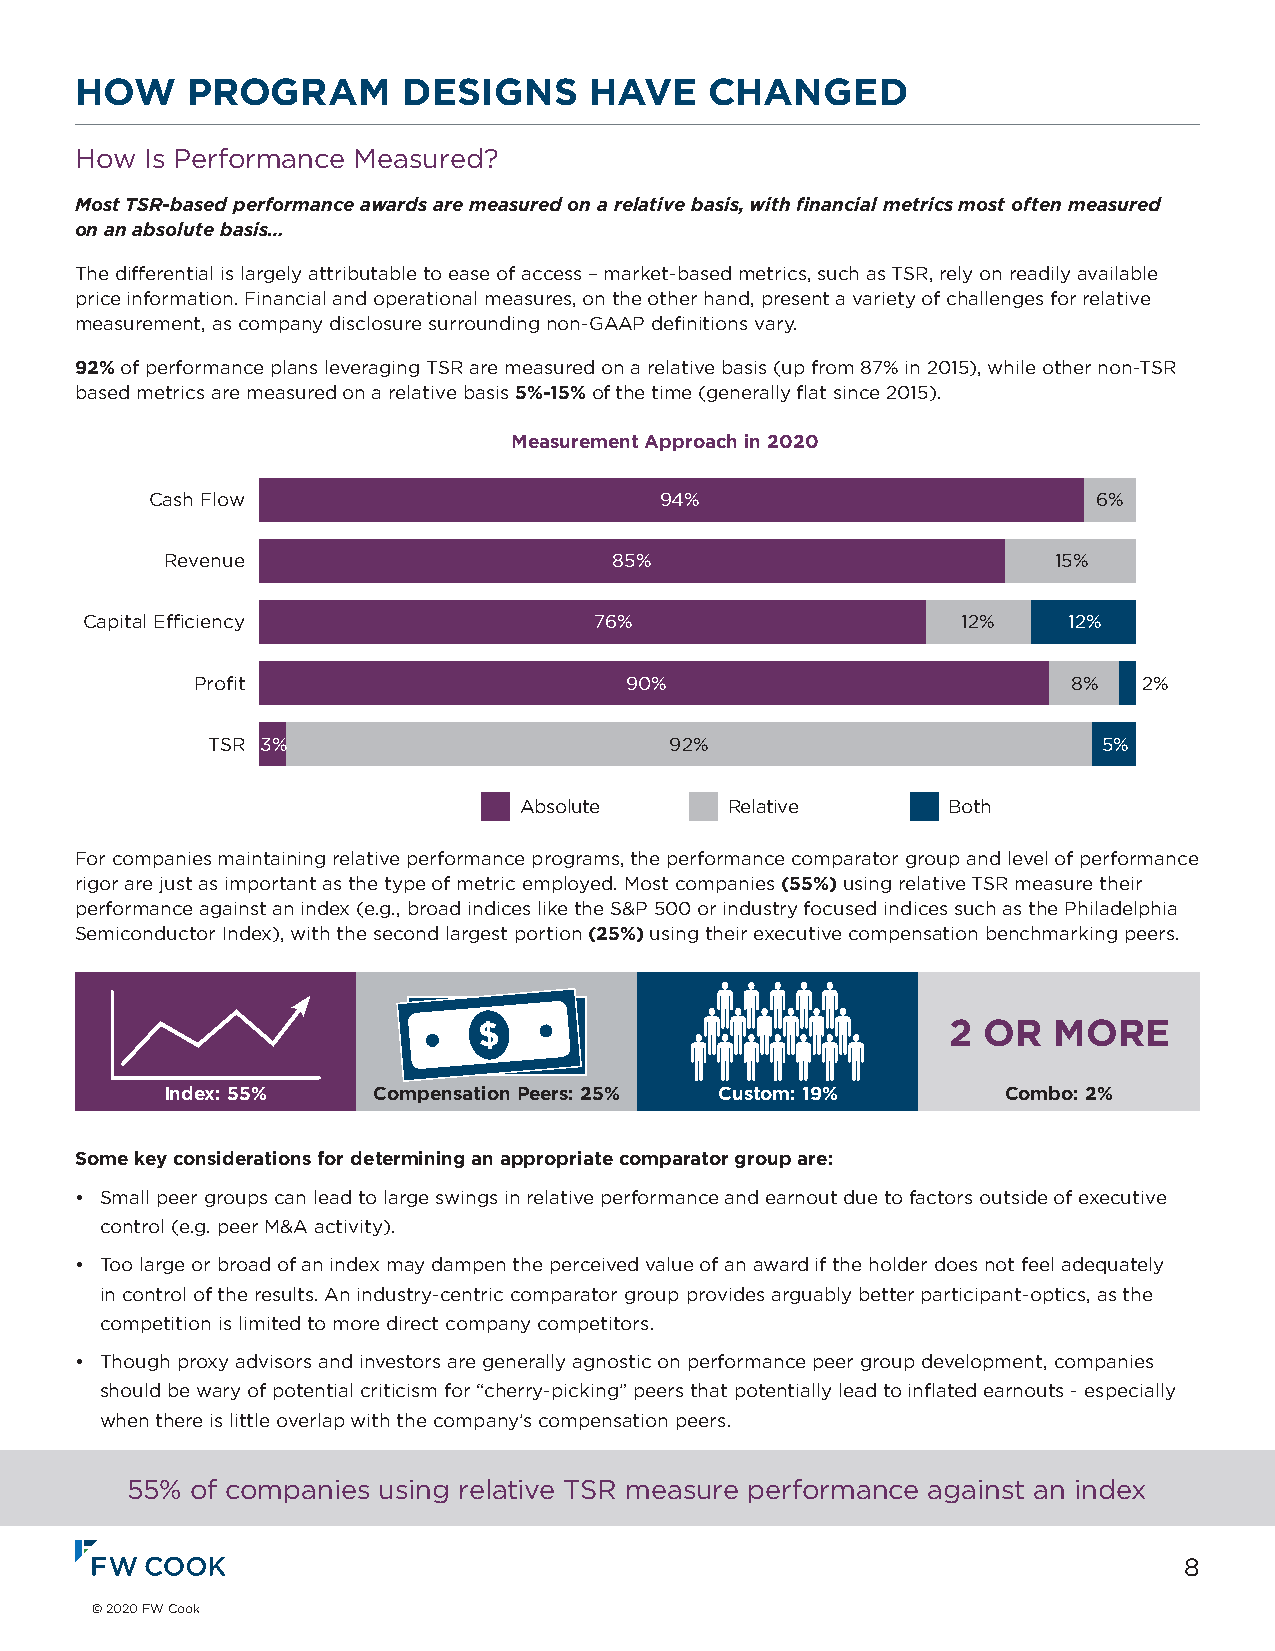
HOW    PROGRAM        DESIGNS     HAVE    CHANGED
 How  Is Performance Measured?
 Most TSR-based performance awards are measured on a relative basis, with financial metrics most often measured
 on an absolute basis…
 The differential is largely attributable to ease of access – market-based metrics, such as TSR, rely on readily available
 price information. Financial and operational measures, on the other hand, present a variety of challenges for relative
 measurement, as company disclosure surrounding non-GAAP definitions vary.
 92% of performance plans leveraging TSR are measured on a relative basis (up from 87% in 2015), while other non-TSR
 based metrics are measured on a relative basis 5%-15% of the time (generally flat since 2015).
 Measurement Approach in 2020
 Cash Flow                         94%                          6%
 Revenue                       85%                          15%
 Capital Efficiency                76%                      12%    12%
 Profit                      90%                           8%   2%
 TSR 3%                        92%                          5%
 Absolute      Relative       Both
 For companies maintaining relative performance programs, the performance comparator group and level of performance
 rigor are just as important as the type of metric employed. Most companies (55%) using relative TSR measure their
 performance against an index (e.g., broad indices like the S&P 500 or industry focused indices such as the Philadelphia
 Semiconductor Index), with the second largest portion (25%) using their executive compensation benchmarking peers.
 $$                             2 OR   MORE
 Index: 55%    Compensation Peers: 25% Custom: 19%       Combo: 2%
 Some key considerations for determining an appropriate comparator group are:
 • Small peer groups can lead to large swings in relative performance and earnout due to factors outside of executive
 control (e.g. peer M&A activity).
 • Too large or broad of an index may dampen the perceived value of an award if the holder does not feel adequately
 in control of the results. An industry-centric comparator group provides arguably better participant-optics, as the
 competition is limited to more direct company competitors.
 • Though proxy advisors and investors are generally agnostic on performance peer group development, companies
 should be wary of potential criticism for “cherry-picking” peers that potentially lead to inflated earnouts - especially
 when there is little overlap with the company’s compensation peers.
 55%  of companies using relative TSR measure performance against an index
 8
 © 2020 FW Cook